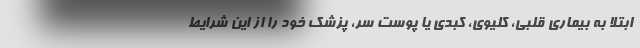
ابتلا به بیماری قلبی، کلیوی، کبدی یا پوست سر، پزشک خود را از این شرایط